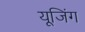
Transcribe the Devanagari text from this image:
यूजिंग